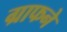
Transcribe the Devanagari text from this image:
ग्राफने